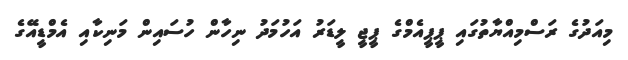
މިއަދުގެ ރަސްމިއްޔާތުގައި ޕީޕީއެމްގެ ޕީޖީ ލީޑަރު އަހުމަދު ނިހާން ހުސައިން މަނިކާއި އެމްޑީއޭގެ